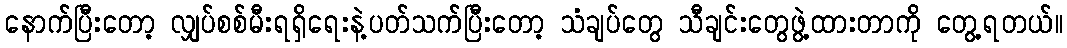
နောက်ပြီးတော့ လျှပ်စစ်မီးရရှိရေးနဲ့ပတ်သက်ပြီးတော့ သံချပ်တွေ သီချင်းတွေဖွဲ့ထားတာကို တွေ့ရတယ်။